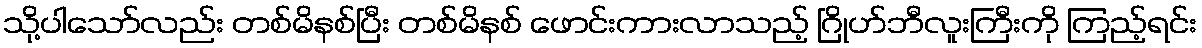
သို့ပါသော်လည်း တစ်မိနစ်ပြီး တစ်မိနစ် ဖောင်းကားလာသည့် ဂြိုဟ်ဘီလူးကြီးကို ကြည့်ရင်း